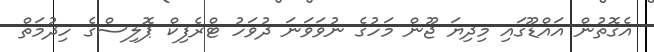
އެގޮތުން އައްޑޫގައި މިދިޔަ ޖޫން މަހުގެ ނުވަވަނަ ދުވަހު ޓްރެފިކް ޕޮލިސްގެ ހިދުމަތް